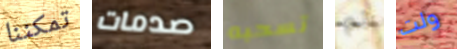
تمكننا صدمات تسحبه ثم ولت